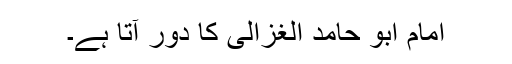
امام ابو حامد الغزالی کا دور آتا ہے۔